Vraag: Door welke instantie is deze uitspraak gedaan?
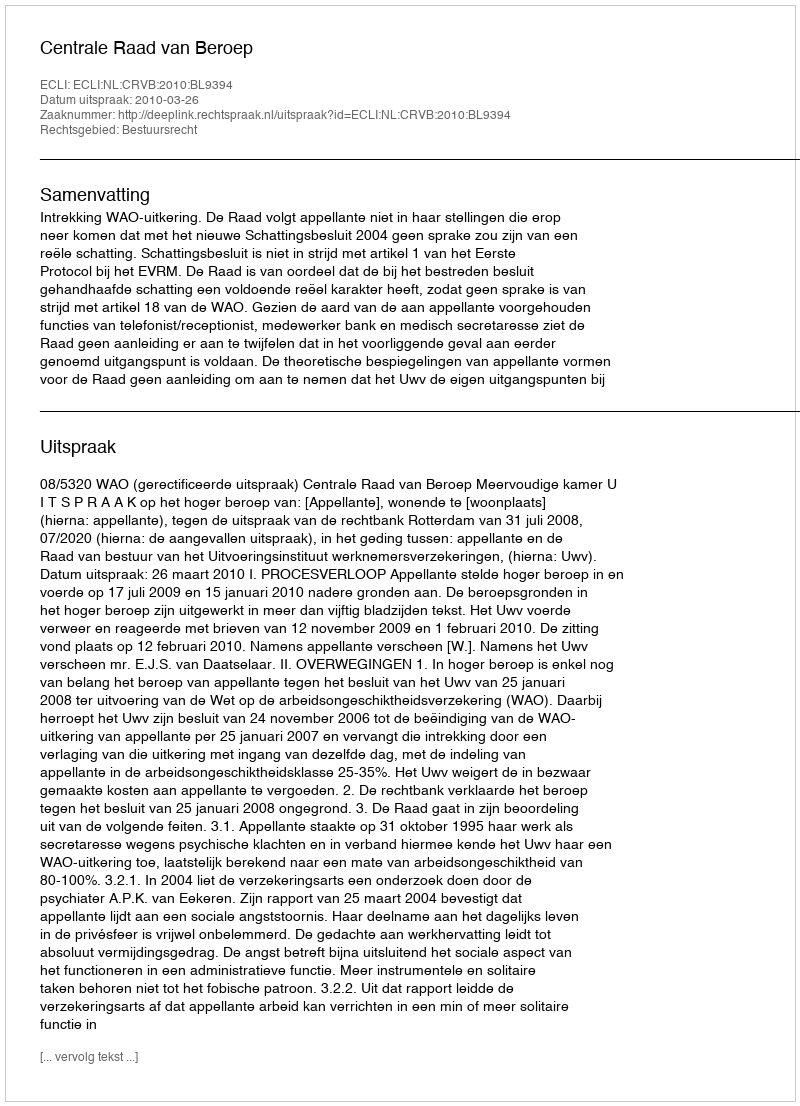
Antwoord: Centrale Raad van Beroep